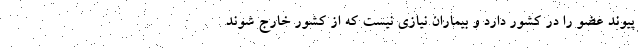
پیوند عضو را در کشور دارد و بیماران نیازی نیست که از کشور خارج شوند